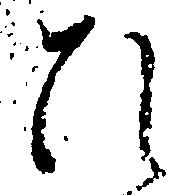
ひ